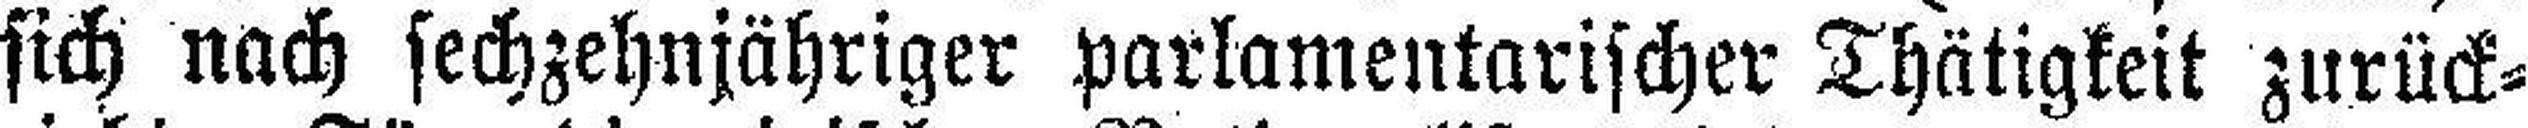
sich nach sechzehnjähriger parlamentarischer Thätigkeit zurück¬